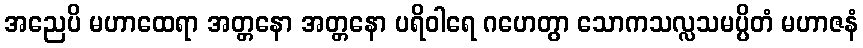
အညေပိ မဟာထေရာ အတ္တနော အတ္တနော ပရိဝါရေ ဂဟေတွာ သောကသလ္လသမပ္ပိတံ မဟာဇနံ